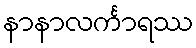
နာနာလင်္ကာရဿ